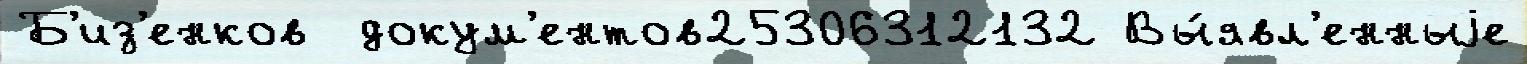
Б'из'енков  докум'ентов25306312132 Вы́явл'енныjе